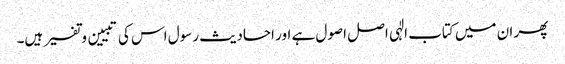
پھر ان میں کتاب الٰہی اصل اصول ہے اور احادیث رسول اس کی تبیین و تفسیر ہیں۔